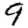
Digit: 9